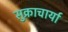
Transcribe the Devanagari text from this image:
सुक्राचार्या